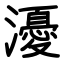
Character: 瀀